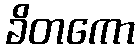
ခိတကော